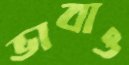
ভাবাও